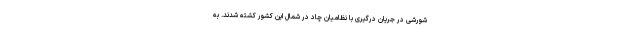
شورشی در جریان درگیری با نظامیان چاد در شمال این کشور کشته شدند. به